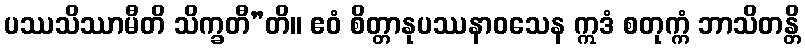
ပဿသိဿာမီတိ သိက္ခတီ”တိ။ ဧဝံ စိတ္တာနုပဿနာဝသေန ဣဒံ စတုက္ကံ ဘာသိတန္တိ